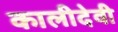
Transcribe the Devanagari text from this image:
कालीदेवी